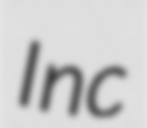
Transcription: Inc